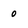
Character: o